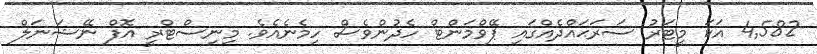
4